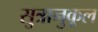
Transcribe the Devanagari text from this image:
सुत्रानुकूल